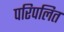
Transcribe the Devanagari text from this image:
परिपलित